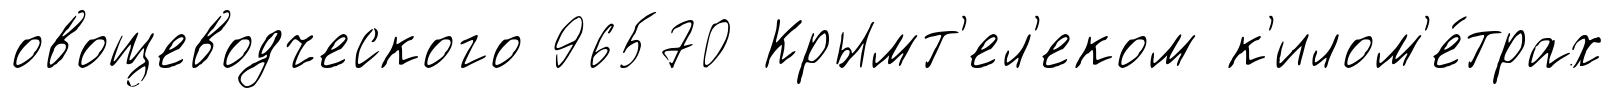
овощеводческого 96570 Крымт'ел'еком к'илом'е́трах